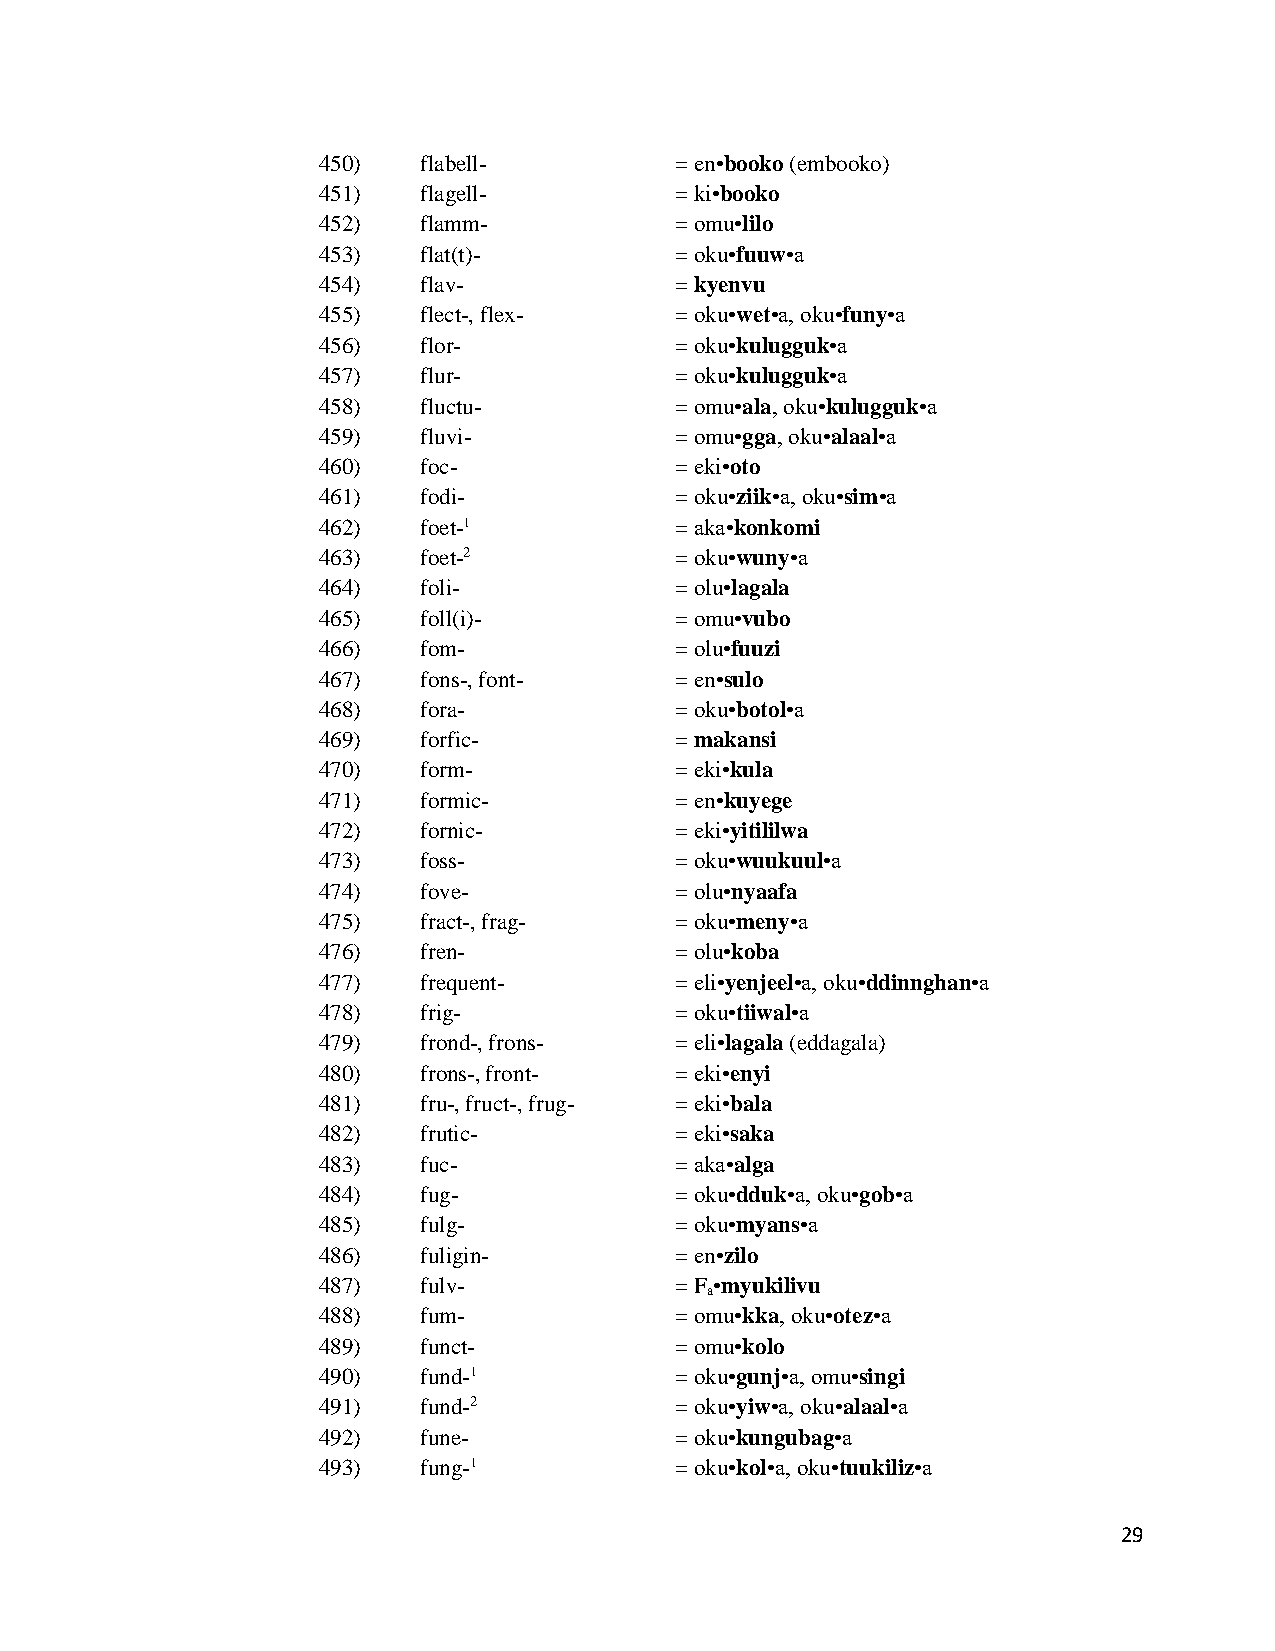
450)   flabell-         = en•booko (embooko)
 451)   flagell-         = ki•booko
 452)   flamm-           = omu•lilo
 453)   flat(t)-         = oku•fuuw•a
 454)   flav-            = kyenvu
 455)   flect-, flex-    = oku•wet•a, oku•funy•a
 456)   flor-            = oku•kulugguk•a
 457)   flur-            = oku•kulugguk•a
 458)   fluctu-          = omu•ala, oku•kulugguk•a
 459)   fluvi-           = omu•gga, oku•alaal•a
 460)   foc-             = eki•oto
 461)   fodi-            = oku•ziik•a, oku•sim•a
 462)   foet-1           = aka•konkomi
 463)   foet-2           = oku•wuny•a
 464)   foli-            = olu•lagala
 465)   foll(i)-         = omu•vubo
 466)   fom-             = olu•fuuzi
 467)   fons-, font-     = en•sulo
 468)   fora-            = oku•botol•a
 469)   forfic-          = makansi
 470)   form-            = eki•kula
 471)   formic-          = en•kuyege
 472)   fornic-          = eki•yitililwa
 473)   foss-            = oku•wuukuul•a
 474)   fove-            = olu•nyaafa
 475)   fract-, frag-    = oku•meny•a
 476)   fren-            = olu•koba
 477)   frequent-        = eli•yenjeel•a, oku•ddinnghan•a
 478)   frig-            = oku•tiiwal•a
 479)   frond-, frons-   = eli•lagala (eddagala)
 480)   frons-, front-   = eki•enyi
 481)   fru-, fruct-, frug- = eki•bala
 482)   frutic-          = eki•saka
 483)   fuc-             = aka•alga
 484)   fug-             = oku•dduk•a, oku•gob•a
 485)   fulg-            = oku•myans•a
 486)   fuligin-         = en•zilo
 487)   fulv-            = F •myukilivu
 a
 488)   fum-             = omu•kka, oku•otez•a
 489)   funct-           = omu•kolo
 490)   fund-1           = oku•gunj•a, omu•singi
 491)   fund-2           = oku•yiw•a, oku•alaal•a
 492)   fune-            = oku•kungubag•a
 493)   fung-1           = oku•kol•a, oku•tuukiliz•a
 29